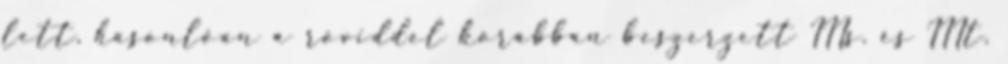
lett, hasonlóan a röviddel korábban beszerzett IIIs. és IIIt.